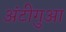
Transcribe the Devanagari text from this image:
अंटीगुआ